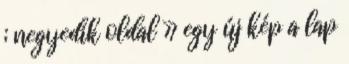
; negyedik oldal » egy új kép a lap